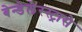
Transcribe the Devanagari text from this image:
बेन्डेलेरस्ट्रासे